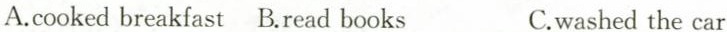
A.cooked breakfast B.read books C.washed the car